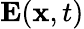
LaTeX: \mathbf{E}({\mathbf x},t)